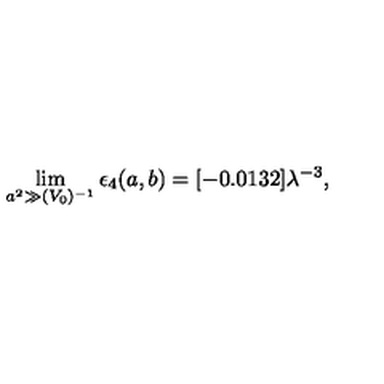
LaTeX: \lim _ { a ^ { 2 } \gg ( V _ { 0 } ) ^ { - 1 } } \epsilon _ { 4 } ( a , b ) = [ - 0 . 0 1 3 2 ] \lambda ^ { - 3 } ,